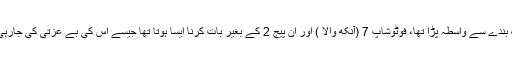
ایک بندے سے واسطہ پڑا تھا، فوٹوشاپ 7 (آنکھ والا ) اور ان پیج 2 کے بغیر بات کرنا ایسا ہوتا تھا جیسے اس کی بے عزتی کی جارہی ہو۔